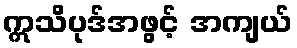
ဣသိပုဒ်အဖွင့် အကျယ်